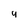
Character: 9